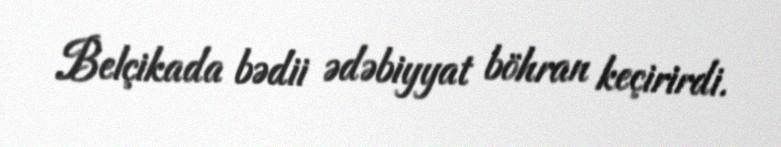
Belçikada bədii ədəbiyyat böhran keçirirdi.